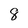
Character: 8